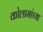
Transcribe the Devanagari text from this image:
कोलामांच्या